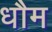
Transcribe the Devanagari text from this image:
धौम